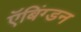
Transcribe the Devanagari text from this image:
ऍबिंग्डन